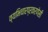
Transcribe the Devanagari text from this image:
व्यभिचारप्रकरणेसी